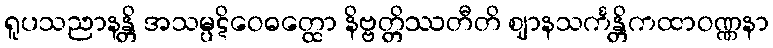
ရူပသညာနန္တိ အသမ္ပဋိဝေဓတ္ထော နိဗ္ဗတ္တိဿတီတိ ဈာနသင်္ကန္တိကထာဝဏ္ဏနာ